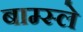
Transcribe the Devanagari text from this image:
बाम्स्ले